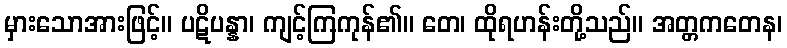
မှားသောအားဖြင့်။ ပဋိပန္နာ၊ ကျင့်ကြကုန်၏။ တေ၊ ထိုရဟန်းတို့သည်။ အတ္တကတေန၊